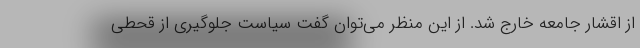
از اقشار جامعه خارج شد. از این منظر می‌توان گفت سیاست جلوگیری از قحطی